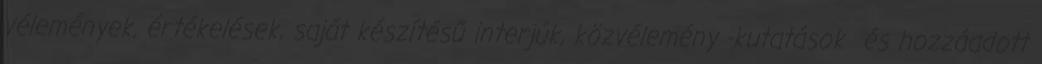
vélemények, értékelések, saját készítésű interjúk, közvélemény -kutatások és hozzáadott